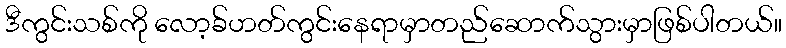
ဒီကွင်းသစ်ကို လော့ခ်ဟတ်ကွင်းနေရာမှာတည်ဆောက်သွားမှာဖြစ်ပါတယ်။